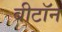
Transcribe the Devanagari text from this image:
बीटॉन